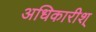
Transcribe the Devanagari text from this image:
अधिकारीश्